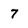
Character: 7